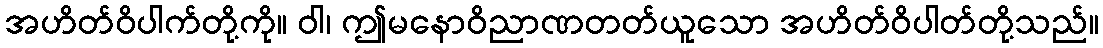
အဟိတ်ဝိပါက်တို့ကို။ ဝါ၊ ဤမနောဝိညာဏတတ်ယူသော အဟိတ်ဝိပါတ်တို့သည်။